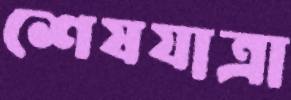
শেষযাত্রা